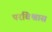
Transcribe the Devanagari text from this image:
परविश्वास